Report on the working of the Ranchi Indian Mental Hospital, Kanke, in Bihar and Orissa - 1930-1940
Year: 1930
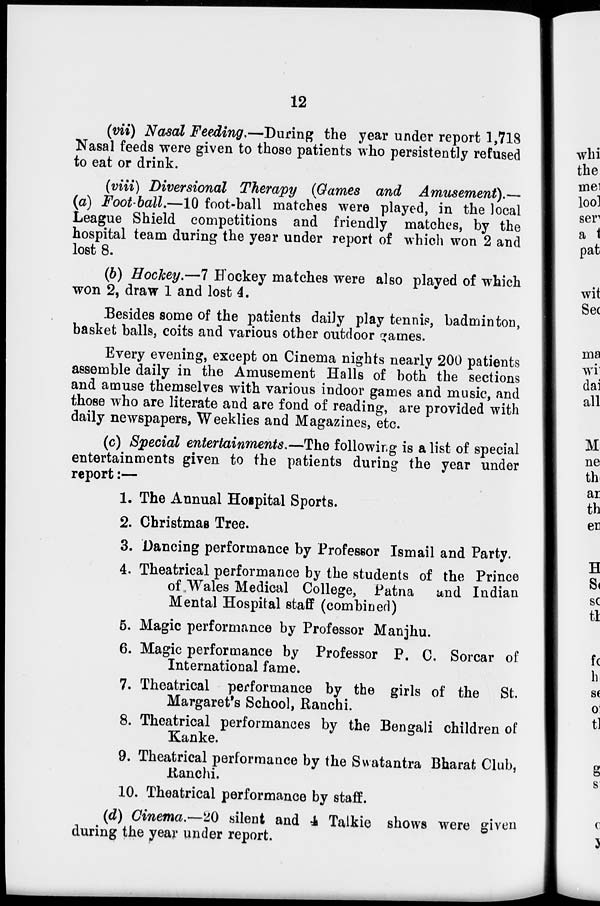
12
(vii) Nasal Feeding.—During the year under report 1,718
Nasal feeds were given to those patients who persistently refused
to eat or drink.
(viii) Diversional Therapy (Games and Amusement).—
(a) Foot-ball.—10 foot-ball matches were played, in the local
League Shield competitions and friendly matches, by the
hospital team during the year under report of which won 2 and
lost 8.
(b) Hockey.—7 Hockey matches were also played of which
won 2, draw 1 and lost 4.
Besides some of the patients daily play tennis, badminton,
basket balls, coits and various other outdoor games.
Every evening, except on Cinema nights nearly 200 patients
assemble daily in the Amusement Halls of both the sections
and amuse themselves with various indoor games and music, and
those who are literate and are fond of reading, are provided with
daily newspapers, Weeklies and Magazines, etc.
(c) Special entertainments.—The following is a list of special
entertainments given to the patients during the year under
report:—
1. The Annual Hospital Sports.
2. Christmas Tree.
3. Dancing performance by Professor Ismail and Party.
4. Theatrical performance by the students of the Prince
of Wales Medical College, Patna and Indian
Mental Hospital staff (combined)
5. Magic performance by Professor Manjhu.
6. Magic performance by Professor P. C. Sorcar of
International fame.
7. Theatrical performance by the girls of the St,
Margaret's School, Ranchi.
8. Theatrical performances by the Bengali children of
Kanke.
9. Theatrical performance by the Swatantra Bharat Club,
Ranchi.
10. Theatrical performance by staff.
(d) Cinema.—20 silent and 4 Talkie shows were given
during the year under report.